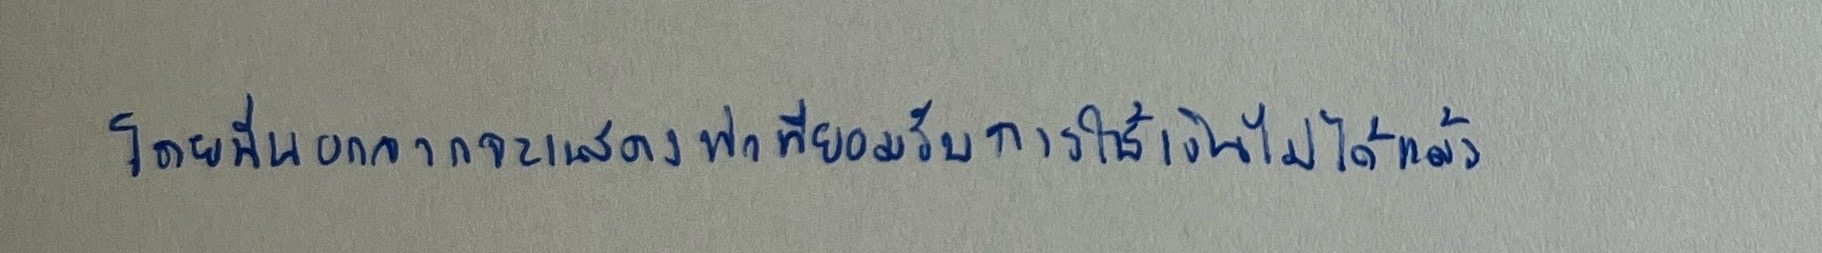
โดยที่นอกจากจะแสดงท่าทียอมรับการใช้เงินไม่ได้แล้ว